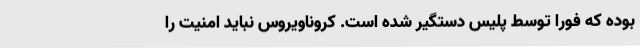
بوده که فورا توسط پلیس دستگیر شده است. کروناویروس نباید امنیت را